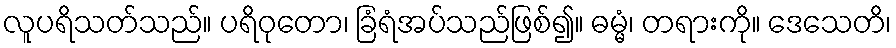
လူပရိသတ်သည်။ ပရိဝုတော၊ ခြံရံအပ်သည်ဖြစ်၍။ ဓမ္မံ၊ တရားကို။ ဒေသေတိ၊